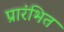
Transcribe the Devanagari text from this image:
प्रारंभित